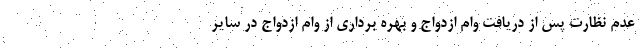
عدم نظارت پس از دریافت وام ازدواج و بهره برداری از وام ازدواج در سایر